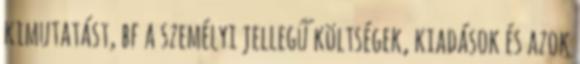
kimutatást, bf a személyi jellegű költségek, kiadások és azok